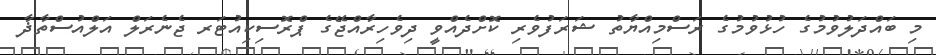
މި ބައްދަލުވުމުގެ ހުޅުވުމުގެ ރަސްމިއްޔާތު ޝަރަފުވެރި ކޮށްދެއްވީ ދިވެހިރާއްޖޭގެ ޕްރޮސިކިއުޓަރ ޖެނެރަލް އަލްއުސްތާޛާ